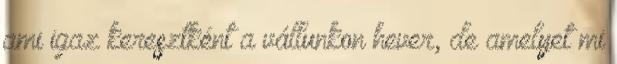
ami igaz keresztként a vállunkon hever, de amelyet mi